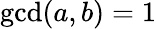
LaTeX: \operatorname*{gcd}(a,b)=1